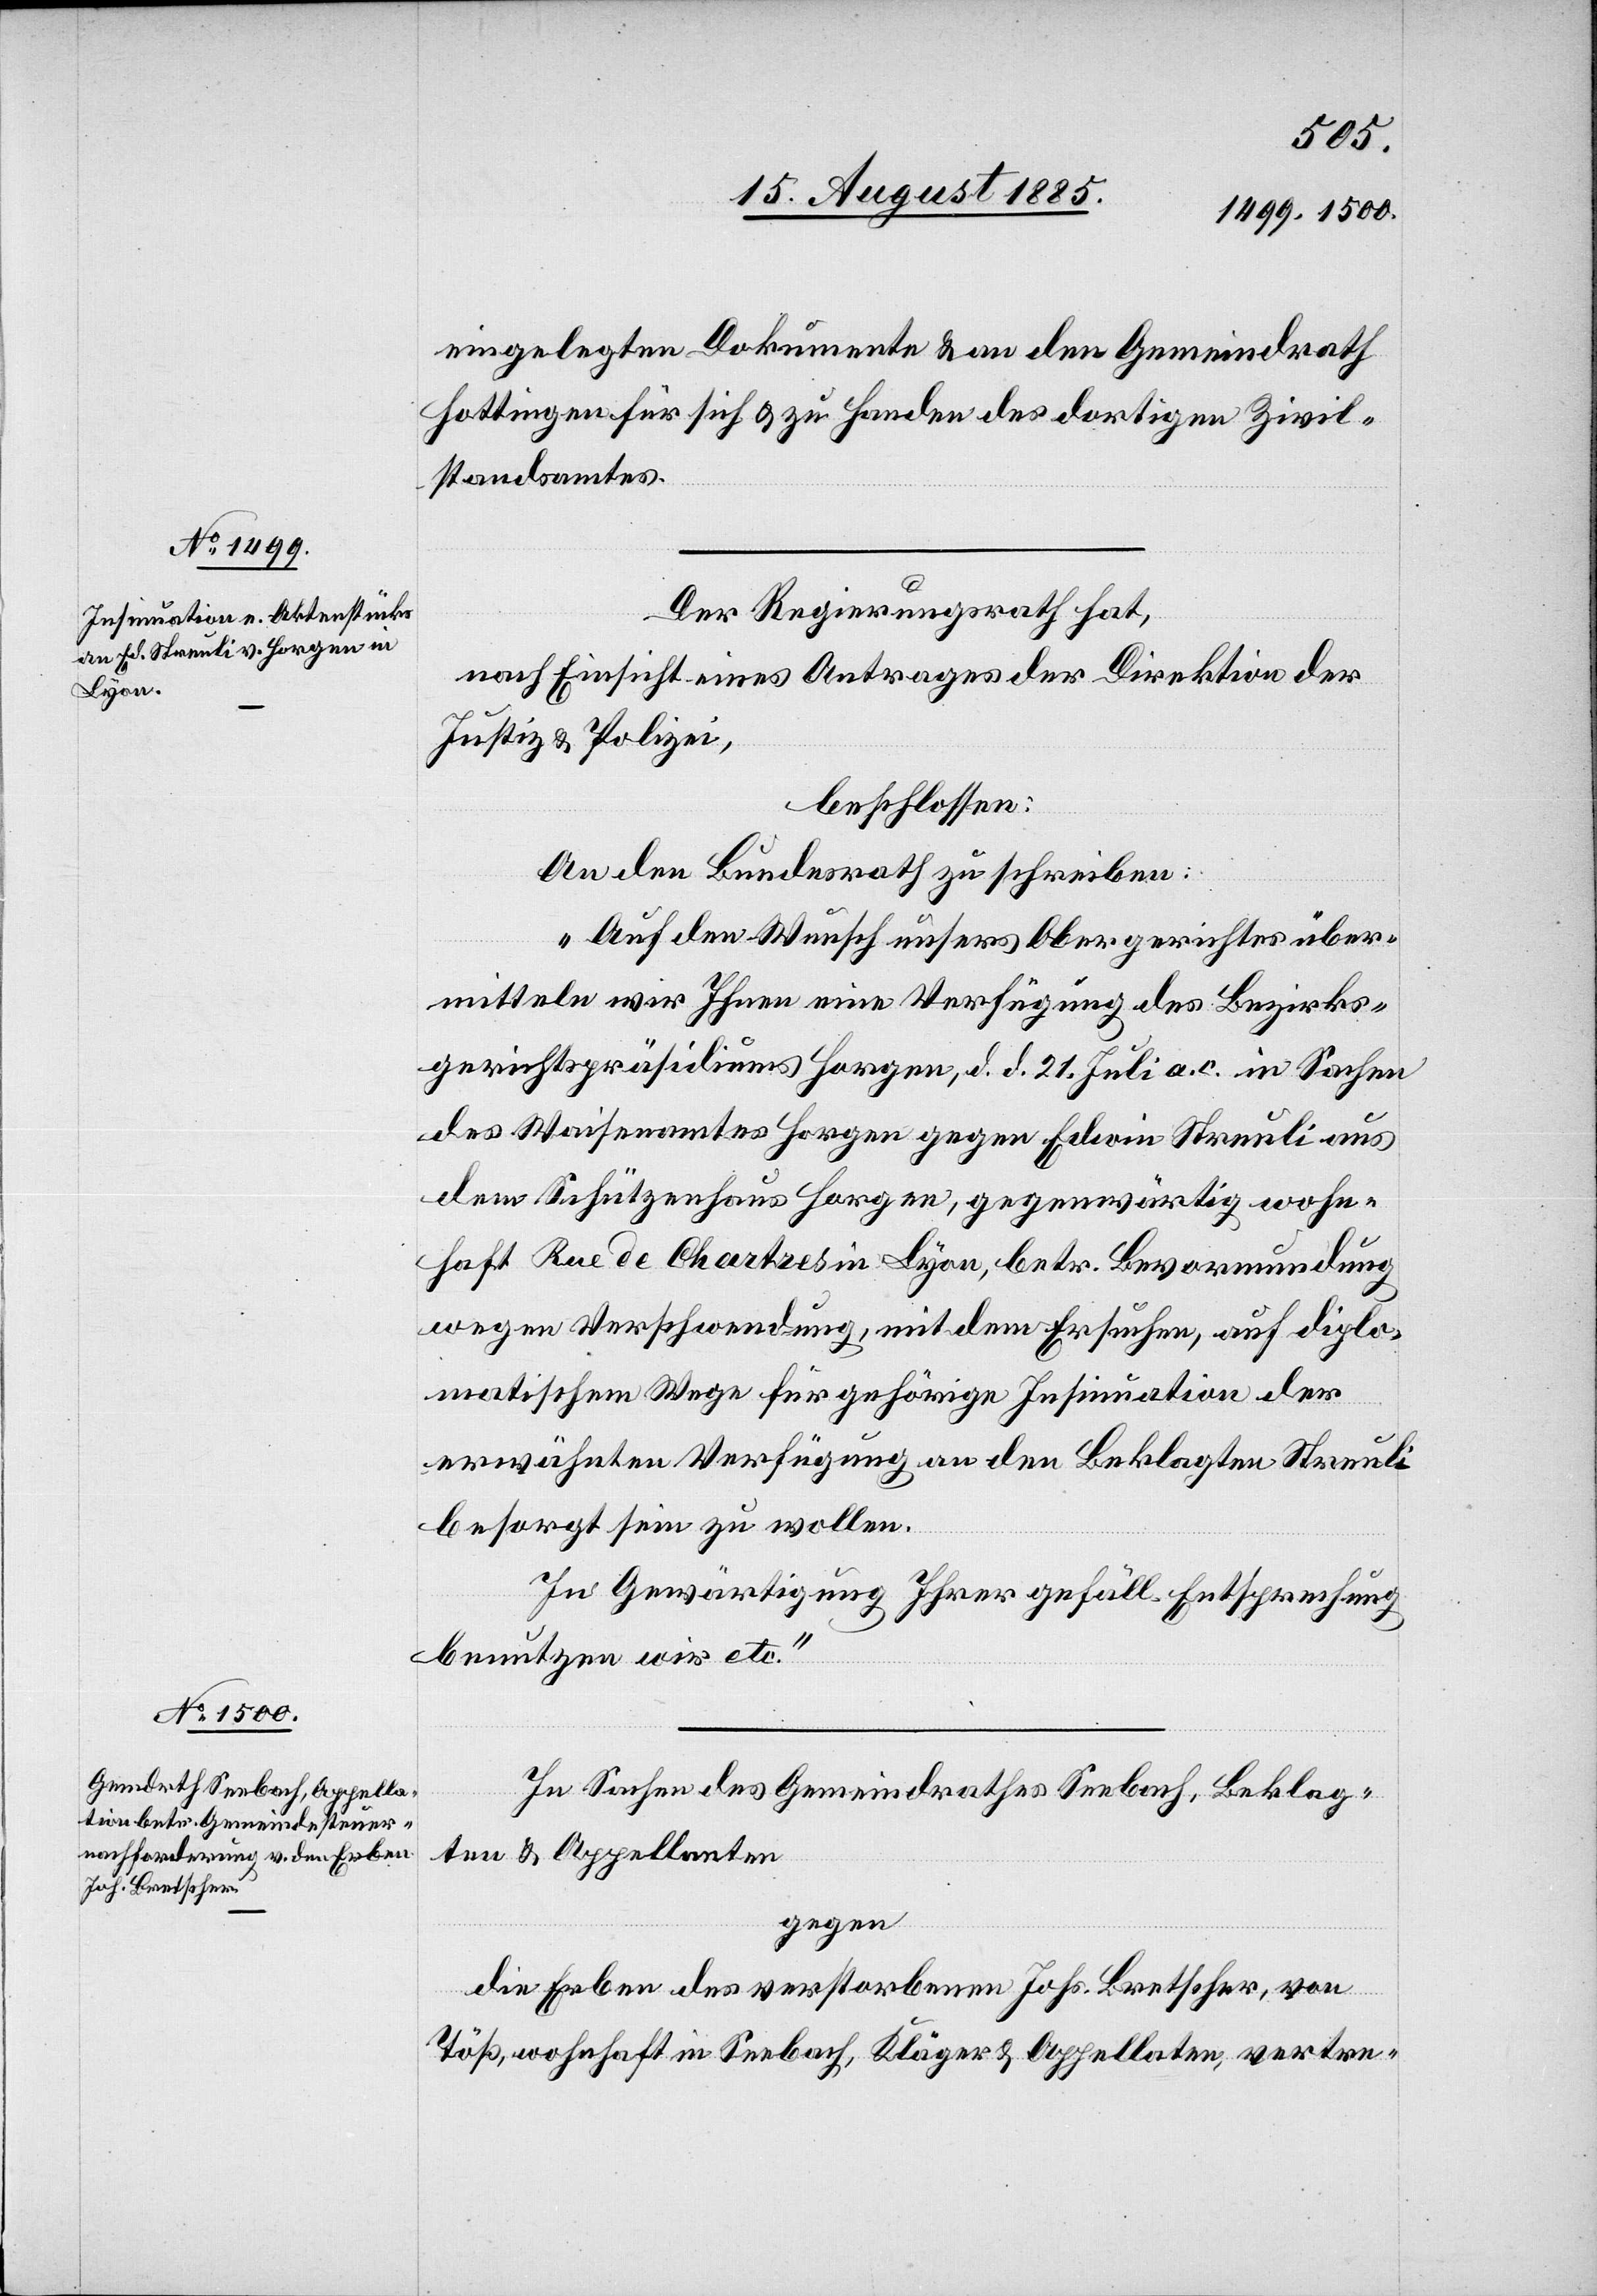
eingelegten Dokumente & an den Gemeindrath
Hottingen für sich & zu Handen des dortigen Zivil¬
standsamtes.
Der Regierungsrath hat,
nach Einsicht eines Antrages der Direktion der
Justiz & Polizei,
beschlossen:
An den Bundesrath zu schreiben:
„Auf den Wunsch unsers Obergerichtes über¬
mitteln wir Ihnen eine Verfügung des Bezirks¬
gerichtspräsidiums Horgen, d. d. 21. Juli a. c. in Sachen
des Waisenamtes Horgen gegen Edwin Streuli aus
dem Schützenhaus Horgen, gegenwärtig wohn¬
haft Rue de Chartres in Lyon, betr. Bevormundung
wegen Verschwendung, mit dem Ersuchen, auf diplo¬
matischem Wege für gehörige Insumation der
erwähnten Verfügung an den Beklagten Streuli
besorgt sein zu wollen.
In Gewärtigung Ihrer gefäll. Entsprechung
benutzen wir etc.“
In Sachen des Gemeindrathes Seebach, Beklag¬
ten & Appellaten
gegen
die Erben des verstorbenen Johs. Bretscher, von
Töß, wohnhaft in Seebach, Kläger & Appellaten, vertre-